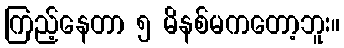
ကြည့်နေတာ ၅ မိနစ်မကတော့ဘူး။